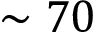
\sim 7 0